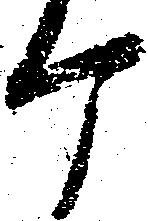
ヶ